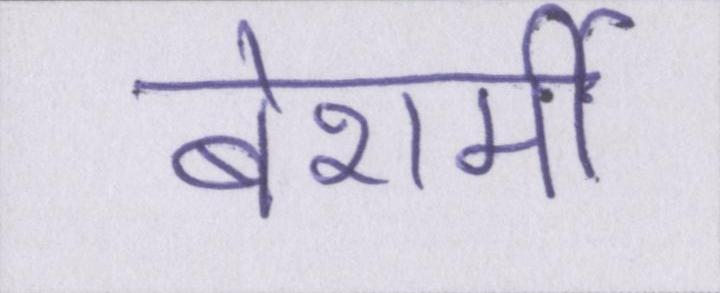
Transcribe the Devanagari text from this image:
बेशर्मी